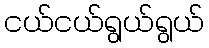
ငယ်ငယ်ရွယ်ရွယ်